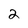
Character: 2